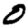
Digit: 0